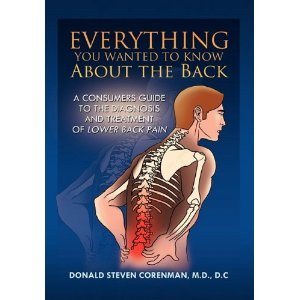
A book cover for Donald Steven Corenman'sEverything You Wanted to Know About the Back: A Consumers Guide to the Diagnosis and Treatment of Lower Back Pain [Hardcover]2011; Donald Steven Corenman (Author); Health, Fitness & Dieting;